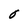
Character: O